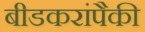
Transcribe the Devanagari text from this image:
बीडकरांपैकी